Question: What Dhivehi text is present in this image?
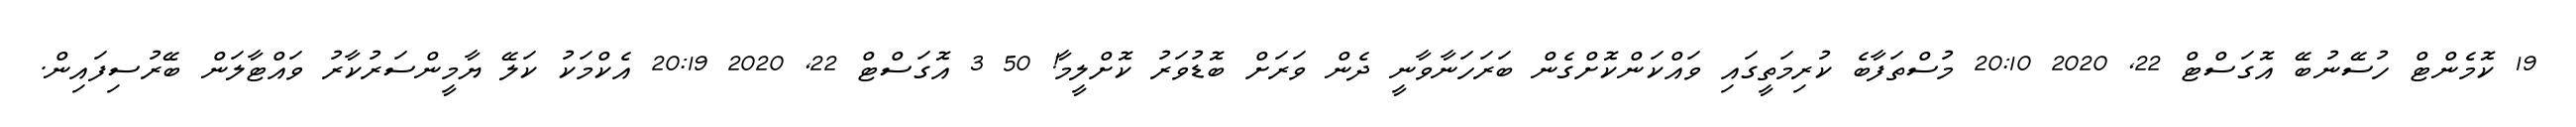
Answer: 19 ކޮމެންޓް ހުސޭނުބޭ އޮގަސްޓް 22, 2020 20:10 މުސްތަފާބެ ކުރިމަތީގައި ވައްކަންކޮށްގެން ބަރަހަނާވާނީ ދެން ވަރަށް ބޮޑުވަރު ކޮށްލީމާ! 50 3 އޮގަސްޓް 22, 2020 20:19 އެކްމަކު ކަލޭ ޔާމީންސަރުކާރު ވައްޓާލަން ބޭރުސިފައިން.